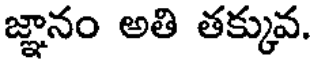
జ్ఞానం అతి తక్కువ.